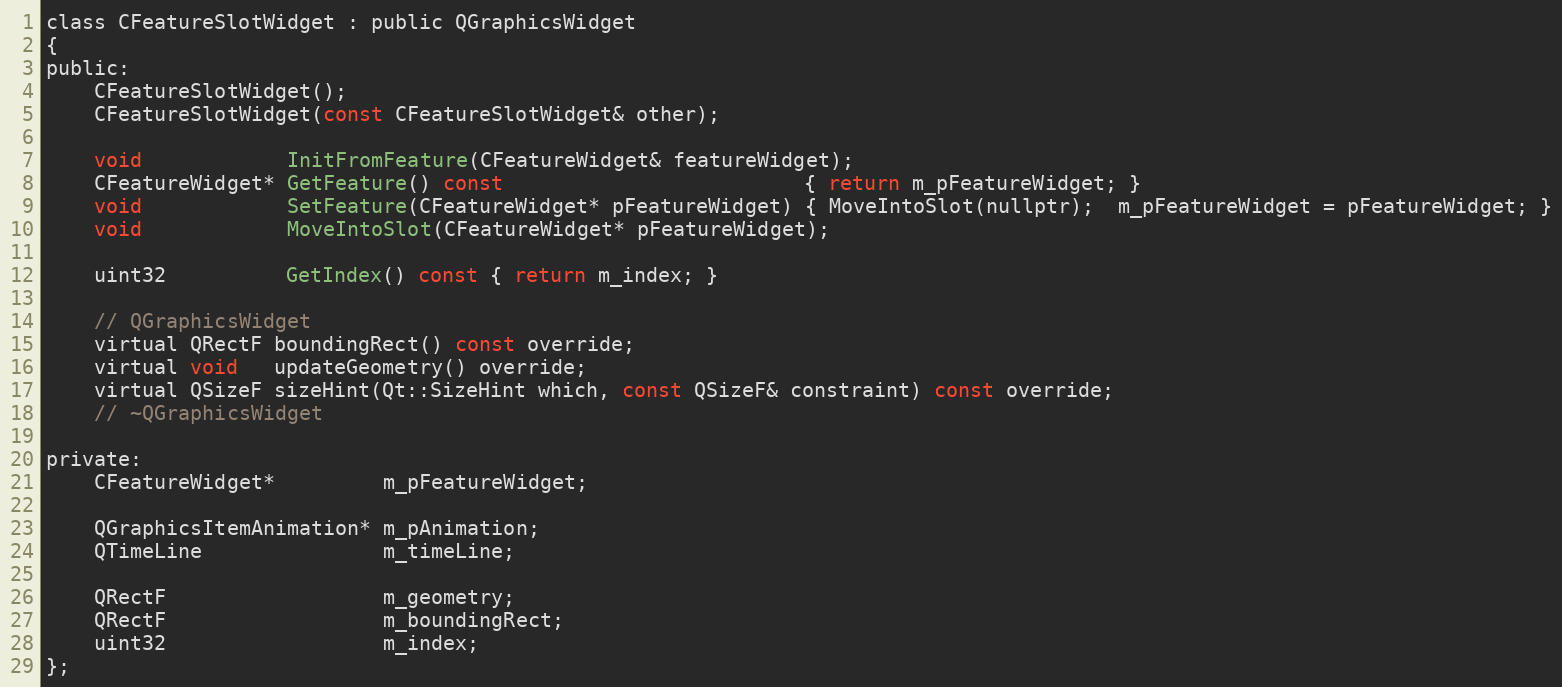
Language: C
class CFeatureSlotWidget : public QGraphicsWidget
{
public:
	CFeatureSlotWidget();
	CFeatureSlotWidget(const CFeatureSlotWidget& other);

	void            InitFromFeature(CFeatureWidget& featureWidget);
	CFeatureWidget* GetFeature() const                         { return m_pFeatureWidget; }
	void            SetFeature(CFeatureWidget* pFeatureWidget) { MoveIntoSlot(nullptr);  m_pFeatureWidget = pFeatureWidget; }
	void            MoveIntoSlot(CFeatureWidget* pFeatureWidget);

	uint32          GetIndex() const { return m_index; }

	// QGraphicsWidget
	virtual QRectF boundingRect() const override;
	virtual void   updateGeometry() override;
	virtual QSizeF sizeHint(Qt::SizeHint which, const QSizeF& constraint) const override;
	// ~QGraphicsWidget

private:
	CFeatureWidget*         m_pFeatureWidget;

	QGraphicsItemAnimation* m_pAnimation;
	QTimeLine               m_timeLine;

	QRectF                  m_geometry;
	QRectF                  m_boundingRect;
	uint32                  m_index;
};